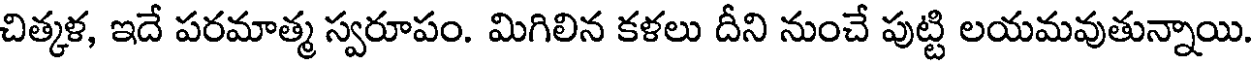
చిత్కళ, ఇదే పరమాత్మ స్వరూపం. మిగిలిన కళలు దీని నుంచే పుట్టి లయమవుతున్నాయి